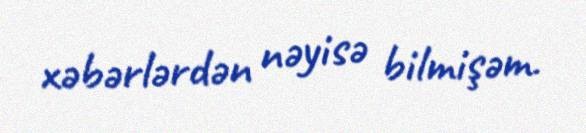
xəbərlərdən nəyisə bilmişəm.